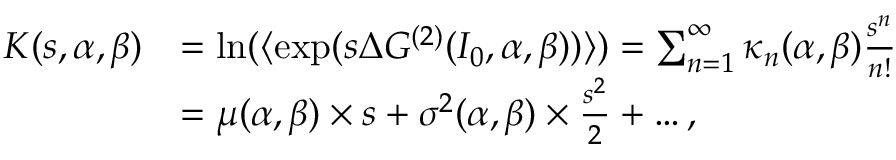
\begin{array} { r l } { K ( s , \alpha , \beta ) } & { = \ln ( \langle \exp ( s \Delta G ^ { ( 2 ) } ( I _ { 0 } , \alpha , \beta ) ) \rangle ) = \sum _ { n = 1 } ^ { \infty } { \kappa _ { n } ( \alpha , \beta ) \frac { s ^ { n } } { n ! } } } \\ & { = \mu ( \alpha , \beta ) \times s + \sigma ^ { 2 } ( \alpha , \beta ) \times \frac { s ^ { 2 } } { 2 } + \dots , } \end{array}